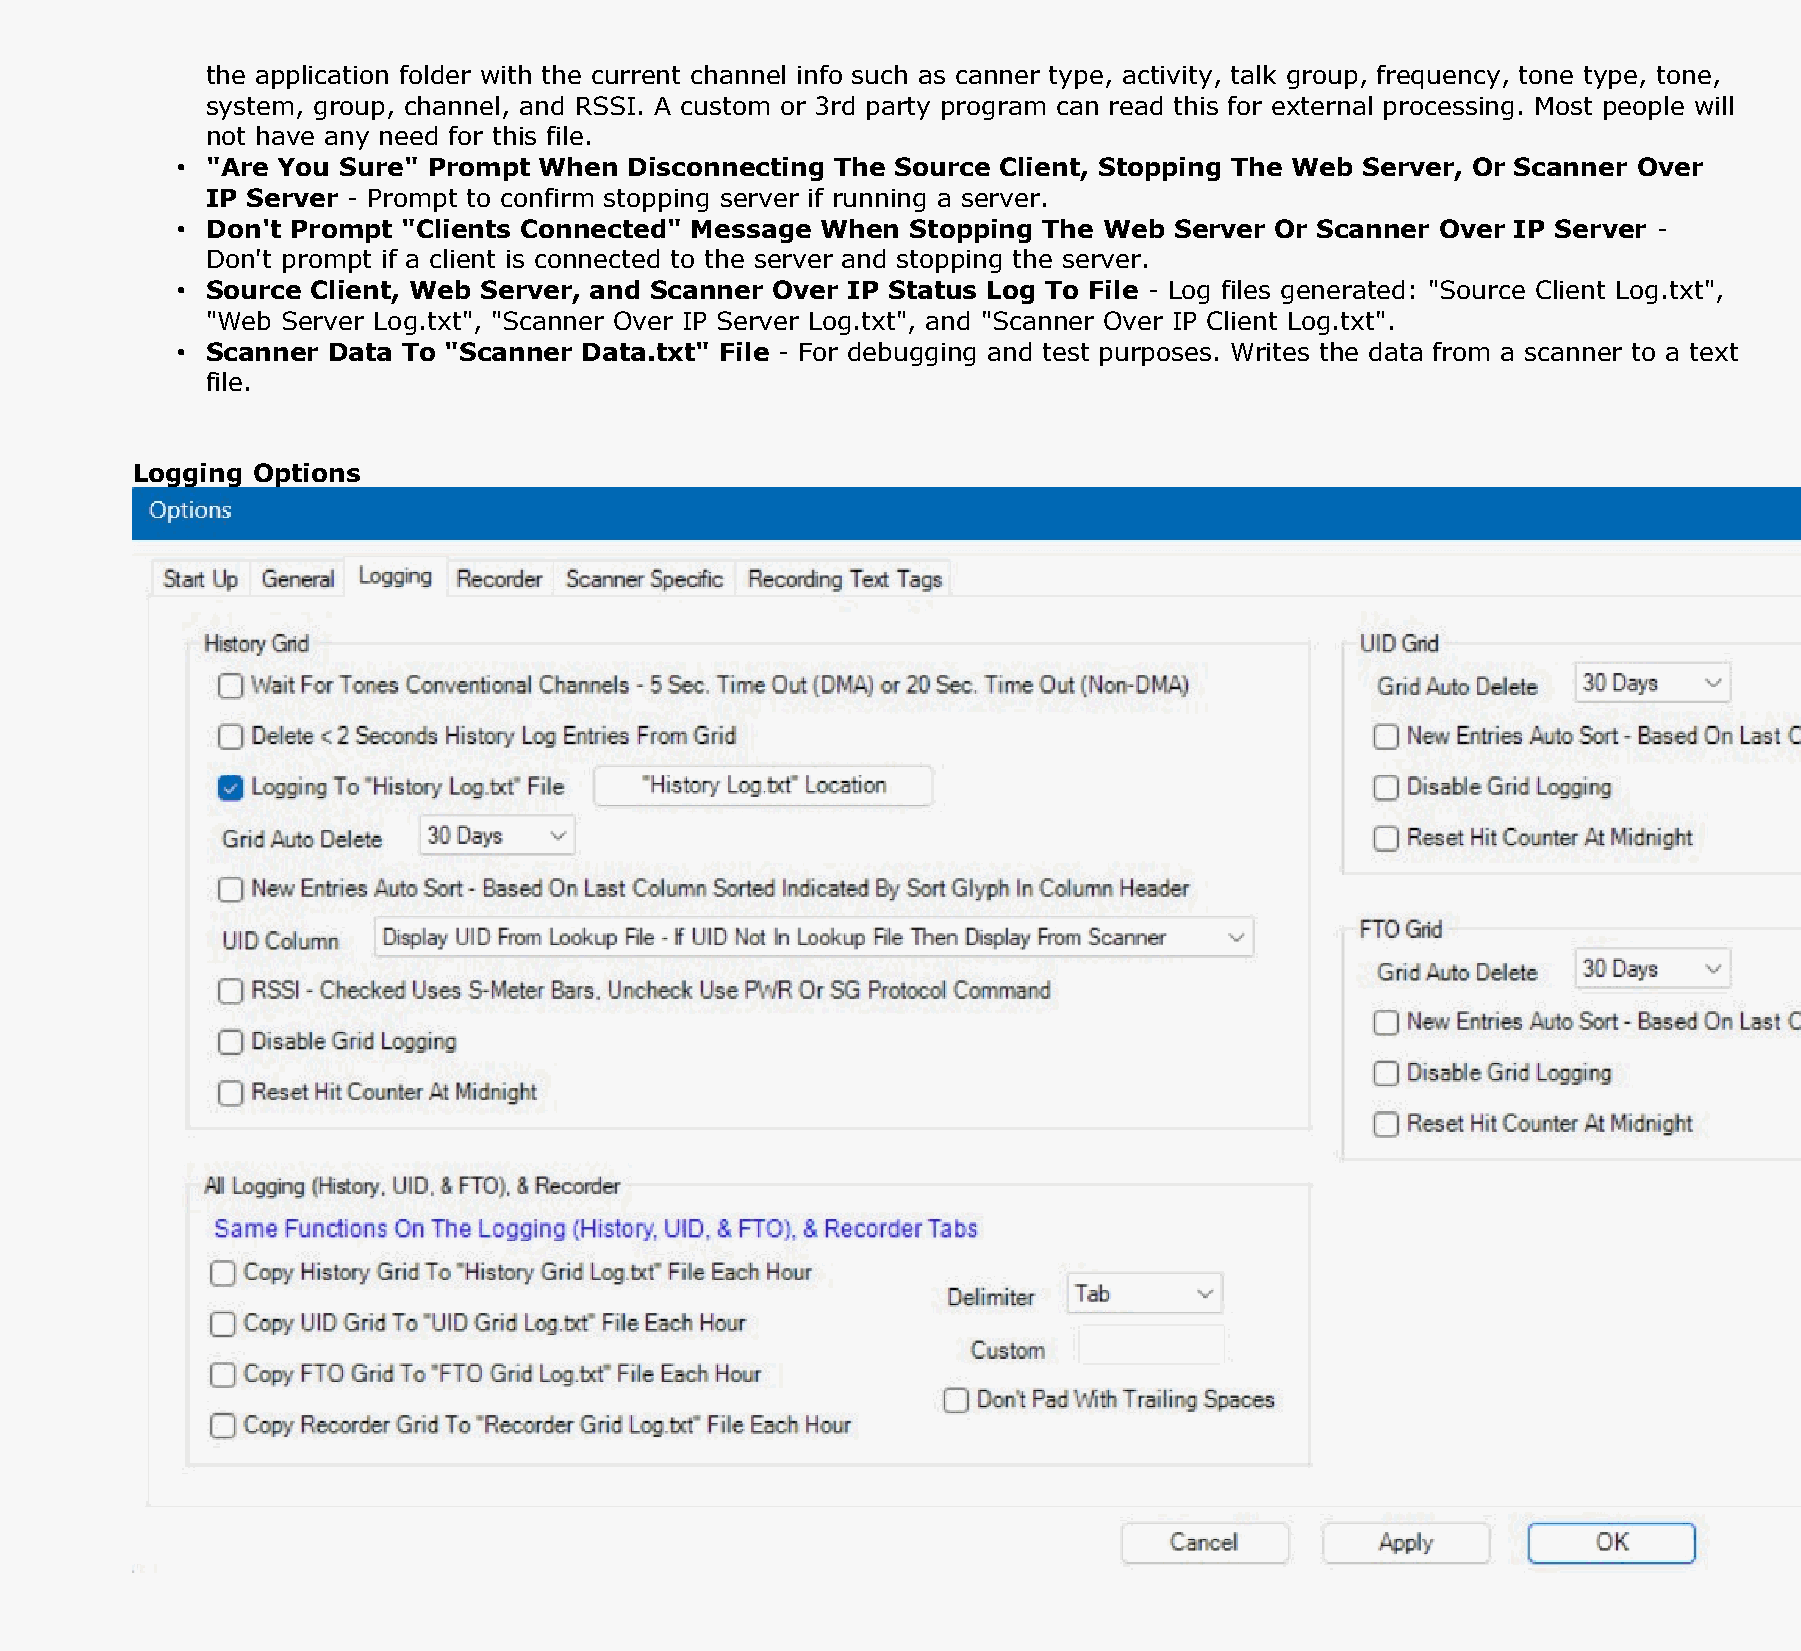
the application folder with the current channel info such as canner type, activity, talk group, frequency, tone type, tone,
 system, group, channel, and RSSI. A custom or 3rd party program can read this for external processing. Most people will
 not have any need for this file.
 • "Are You Sure" Prompt When  Disconnecting The Source Client, Stopping The Web Server, Or Scanner Over
 IP Server - Prompt to confirm stopping server if running a server.
 • Don't Prompt "Clients Connected" Message When Stopping The Web  Server Or Scanner Over IP Server -
 Don't prompt if a client is connected to the server and stopping the server.
 • Source Client, Web Server, and Scanner Over IP Status Log To File - Log files generated: "Source Client Log.txt",
 "Web Server Log.txt", "Scanner Over IP Server Log.txt", and "Scanner Over IP Client Log.txt".
 • Scanner Data To "Scanner Data.txt" File - For debugging and test purposes. Writes the data from a scanner to a text
 file.
 Logging Options